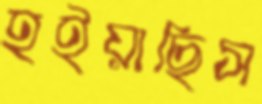
হইয়াছিস